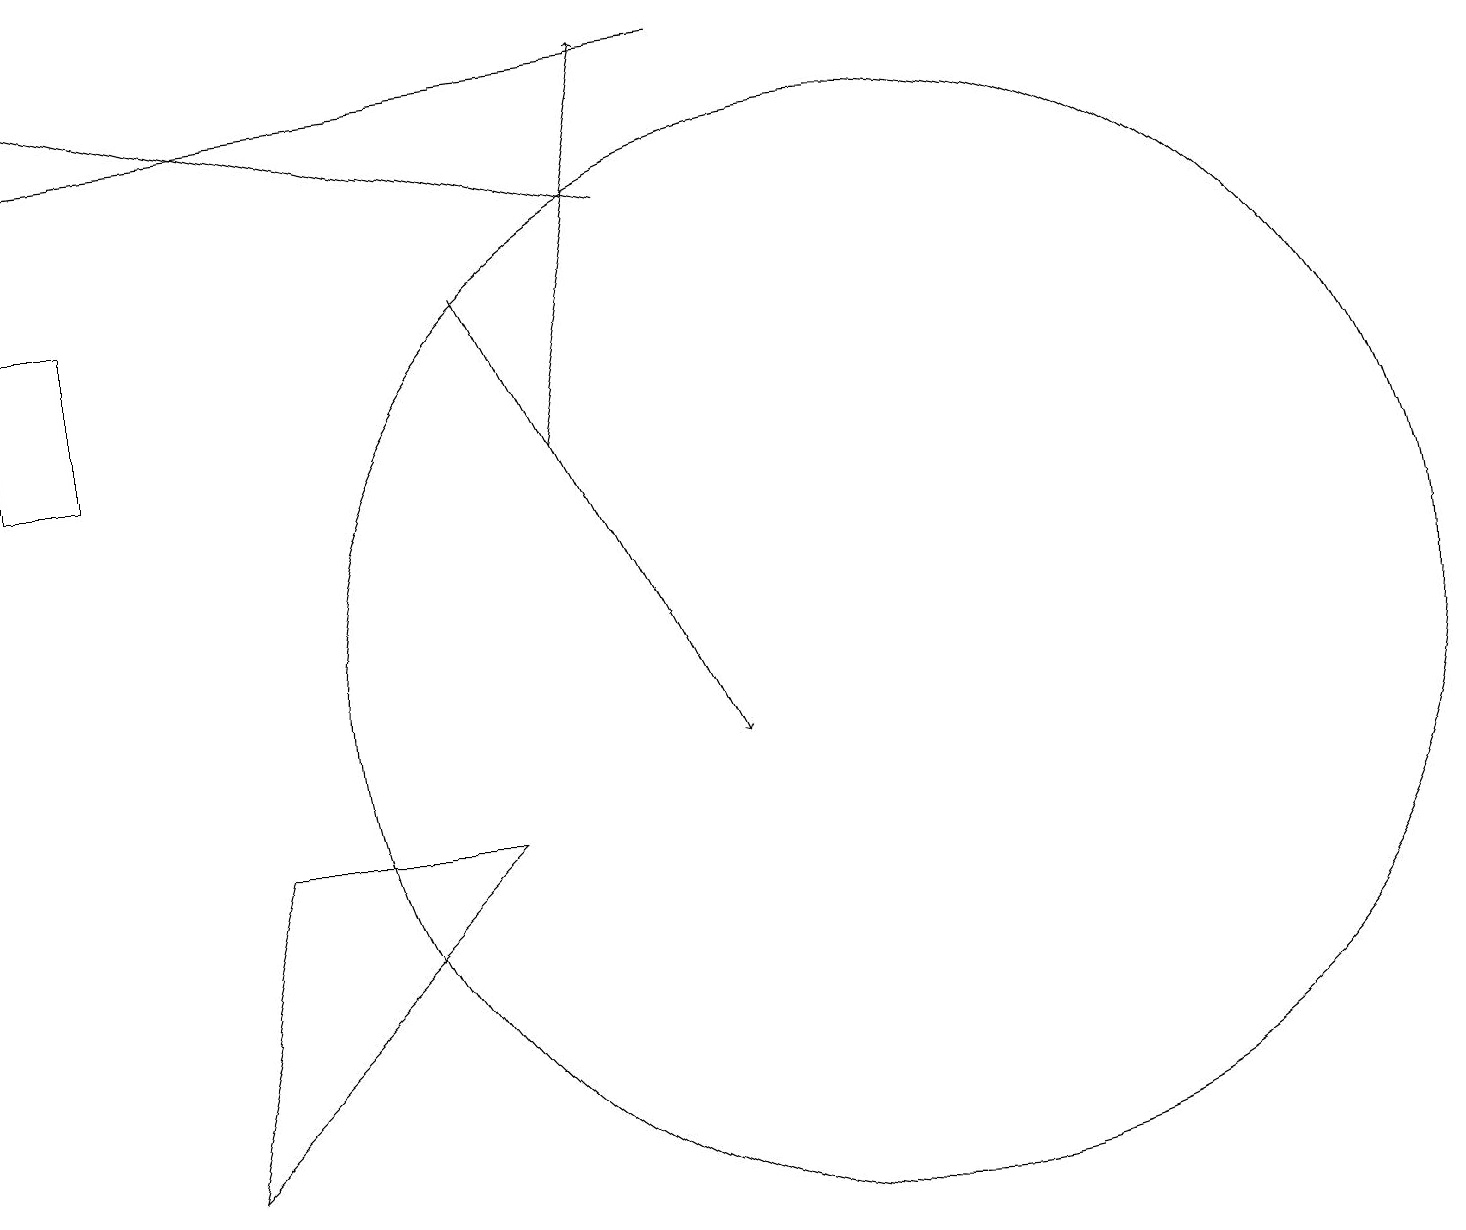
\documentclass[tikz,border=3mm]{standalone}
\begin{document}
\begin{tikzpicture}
\draw (0,16) rectangle (1,14);
\draw[->] (6,16) -- (9,10);
\draw (11,11) circle (7);
\draw[->] (7,14) -- (8,19);
\draw[->] (8,17) -- (0,19);
\draw (6,9) -- (3,9) -- (2,5) -- cycle;
\draw[->] (9,19) -- (0,18);
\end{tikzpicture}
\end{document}